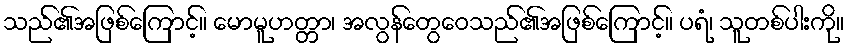
သည်၏အဖြစ်ကြောင့်။ မောမူဟတ္တာ၊ အလွန်တွေဝေသည်၏အဖြစ်ကြောင့်။ ပရံ၊ သူတစ်ပါးကို။